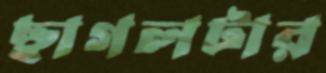
ছাগলটার